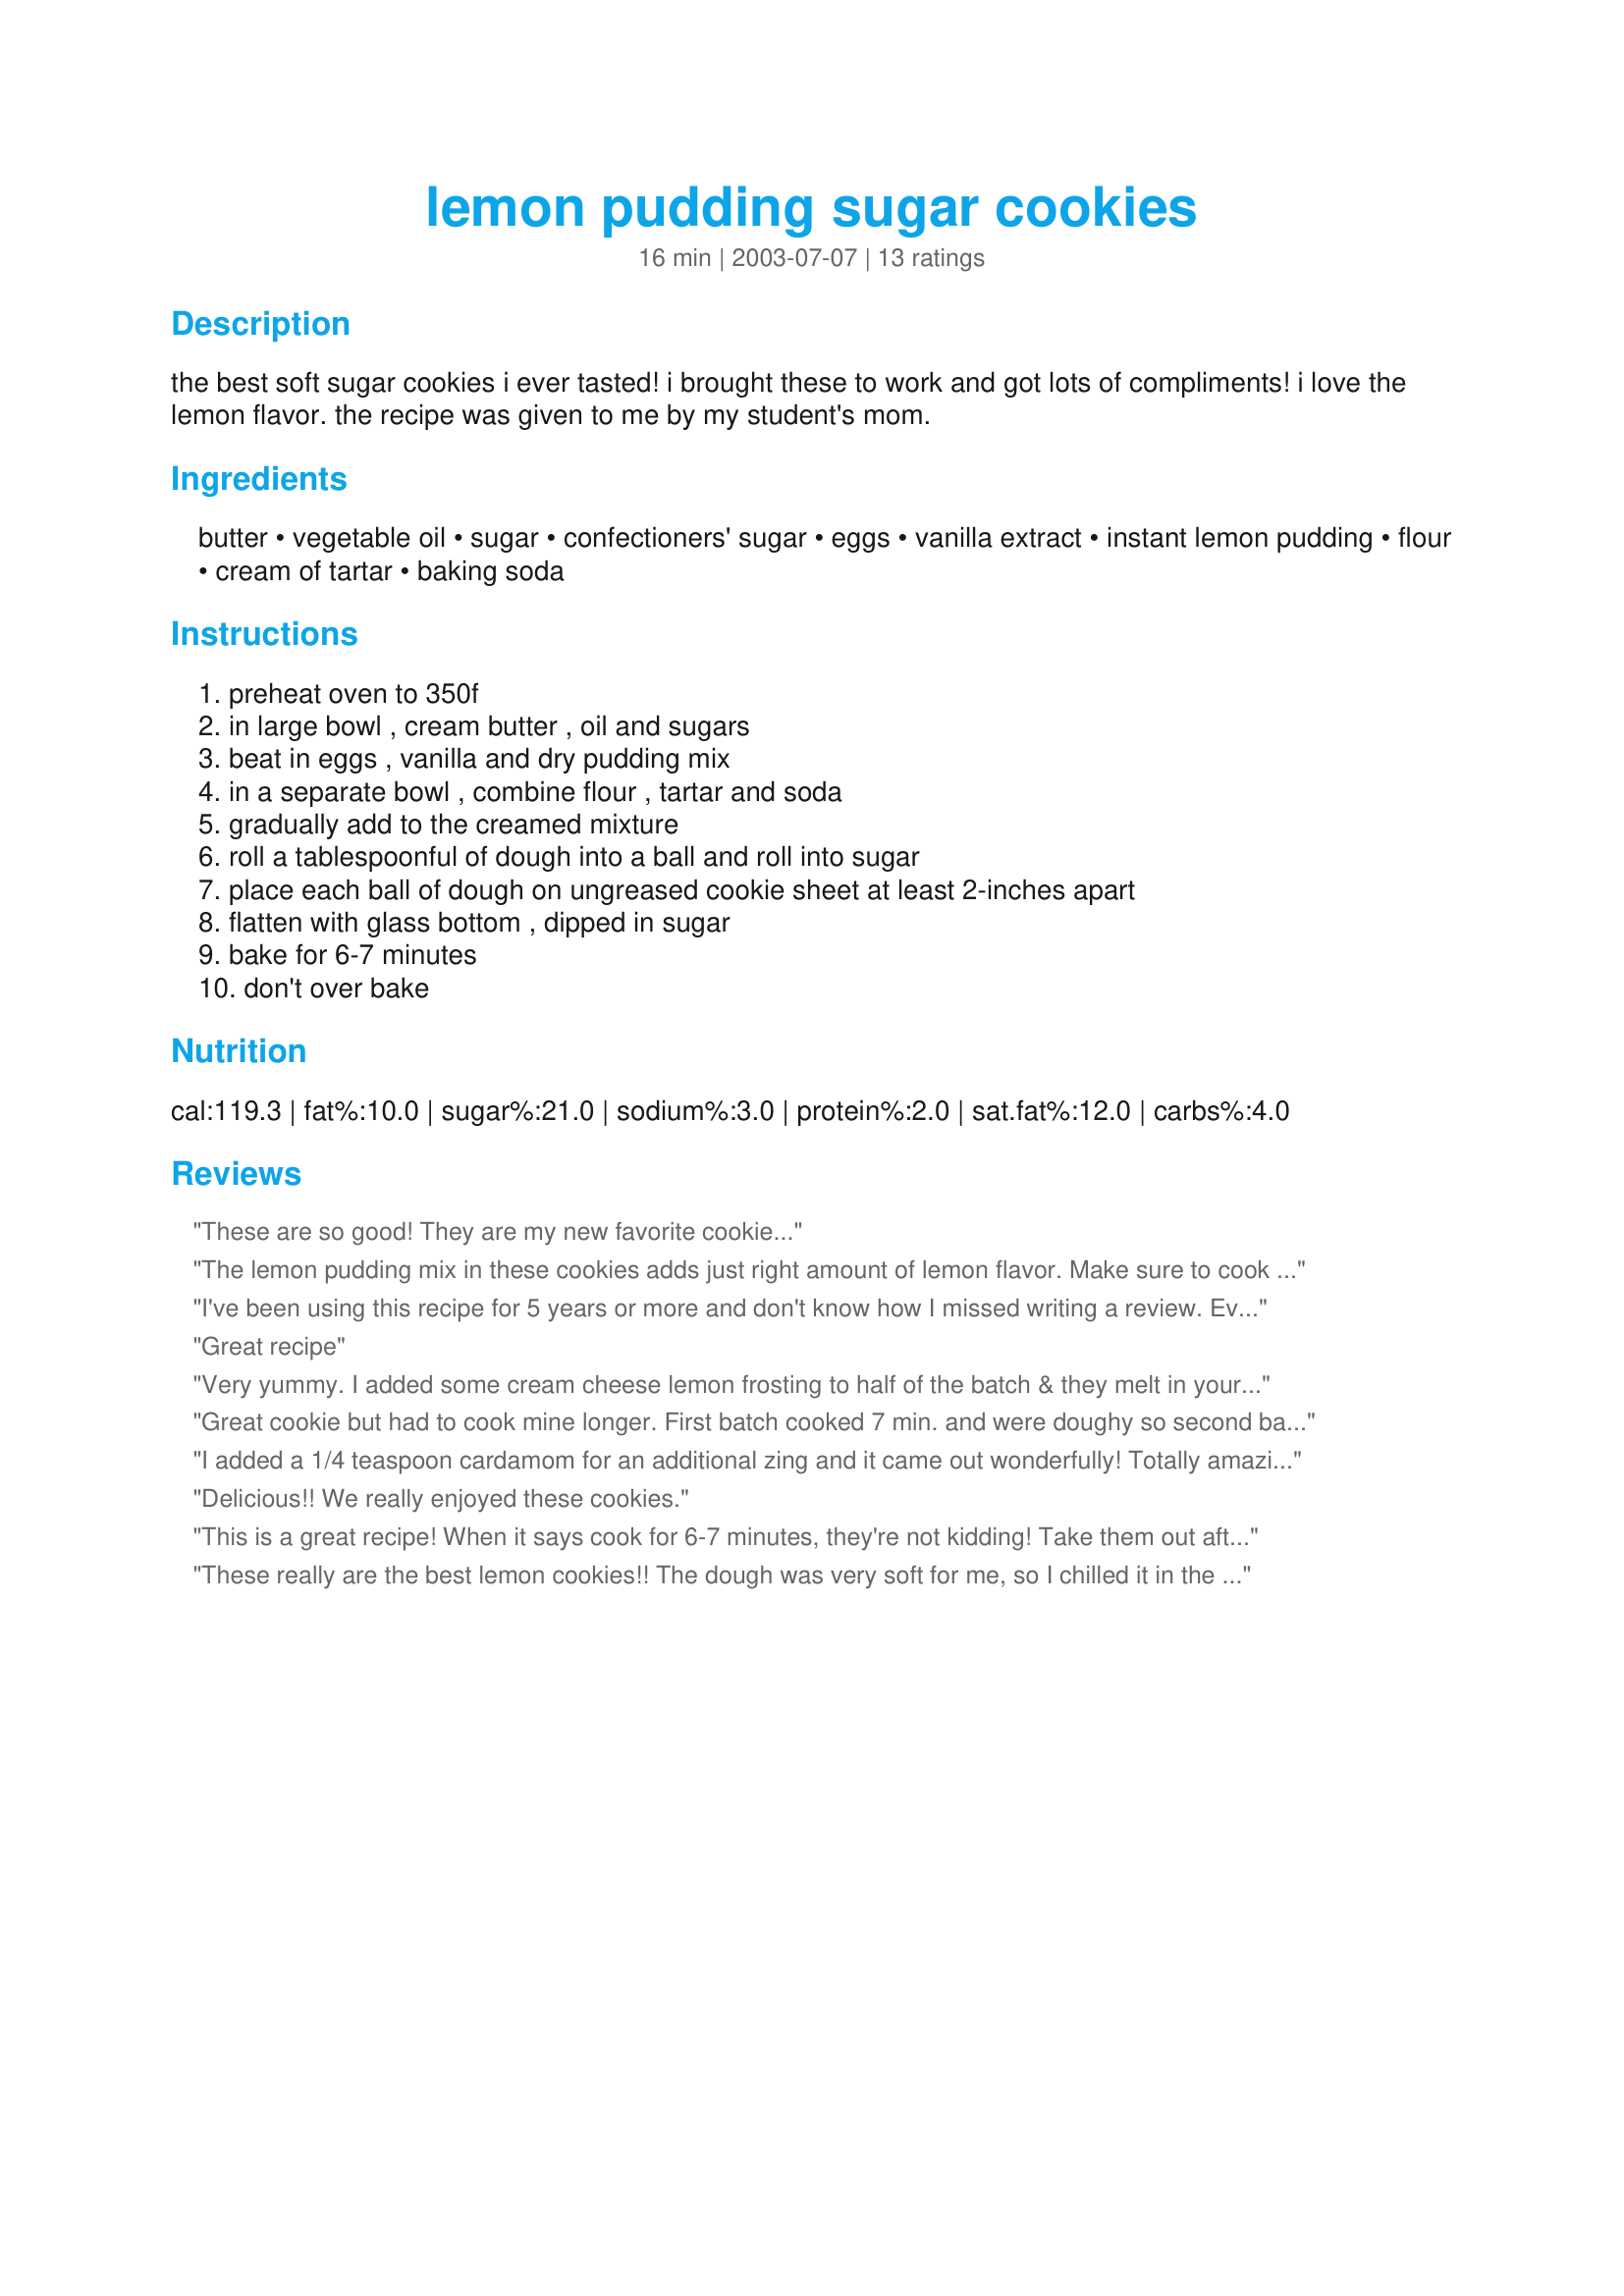
lemon pudding sugar cookies
Preparation time: 16 minutes

the best soft sugar cookies i ever tasted! i brought these to work and got lots of compliments! i love the lemon flavor. the recipe was given to me by my student's mom.

Ingredients:
butter, vegetable oil, sugar, confectioners' sugar, eggs, vanilla extract, instant lemon pudding, flour, cream of tartar, baking soda

Steps:
preheat oven to 350f, in large bowl , cream butter , oil and sugars, beat in eggs , vanilla and dry pudding mix, in a separate bowl , combine flour , tartar and soda, gradually add to the creamed mixture, roll a tablespoonful of dough into a ball and roll into sugar, place each ball of dough on ungreased cookie sheet at least 2-inches apart, flatten with glass bottom , dipped in sugar, bake for 6-7 minutes, don't over bake

Reviews:
These are so good! They are my new favorite cookie...
The lemon pudding mix in these cookies adds just right amount of lemon flavor. Make sure to cook less than needed if you like you cookies chewy.
I've been using this recipe for 5 years or more and don't know how I missed writing a review. Everyone loves these cookies when I make them. They are great as is, but I like a lot of lemon flavor so I add 1/2 tsp of lemon extract and 2 tsps of lemon zest to the dough and then ice them with a lemon glaze made with powdered sugar, lemon zest and fresh lemon juice. Either way, they are the best lemon cookies. Thank you for posting this yummy recipe....
Great recipe
Very yummy. I added some cream cheese lemon frosting to half of the batch & they melt in your mouth. Very soft & moist.
Great cookie but had to cook mine longer. First batch cooked 7 min. and were doughy so second batch 9 min. I made half a recipe and got 2 doz. yummy cookies.
I added a 1/4 teaspoon cardamom for an additional zing and it came out wonderfully! Totally amazing cookie recipe with great soft gooey texture! Can't wait to make them again for the summer!
Delicious!! We really enjoyed these cookies.
This is a great recipe! When it says cook for 6-7 minutes, they're not kidding! Take them out after the alloted time, they'll finish baking on the sheet. I left a pan in for a minute or two longer, and they came out pretty crispy! Great cookie!
These really are the best lemon cookies!! The dough was very soft for me, so I chilled it in the frig while the cookies were baking. Baked them for 9 minutes. I used a cookie scoop, dropped the balls into a bowl of sugar to cover, and flattened the balls on the sheet with my fingers. I got 60 cookies.
Next time, I will chill the dough before I start baking. Probably could roll the dough into a log, freeze it, cut into slices when you're ready to bake, and then dip the slices into sugar.
These are heavenly! Soft and with just the right amount of lemon! I will be making these lots I'm sure and I'm going to experiment with different puddings too! I did get more than 60 cookies but less than the 600 listed....LOL Thanks!
DE-LI-CIOUS!!!! i made these cookies today and they were really good. they practically melted in your mouth they were so soft and tender. and it did not have a strong lemon flavor it was very subtle. can't say enough good things about this cookie. i used a 1 1/2 inch cookie/ice cream scoop and they took 10 minutes to perfection. only problem i had was it was cloudy and humid outside which must have affected the recipe b/c i had to add an extra cup of flour to be able to roll dough into soft balls but that's my fault for not choosing a better day to bake ;). DO NOT LET THIS STOP YOU. truly this has to be the best homemade sugar cookie i have tried yet. THANK YOU SO MUCH RECIPECOLLECTOR =)
Love these. They are wonderful with a cup of tea. Thank you so much!
